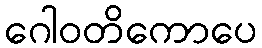
ဂေါဝတိကောပေ